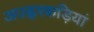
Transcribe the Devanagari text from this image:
अज्ह्वरकड़ियां